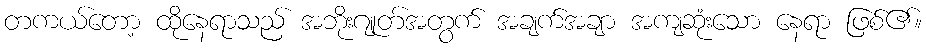
တကယ်တော့ ထိုနေရာသည် အဘိုးဂျုတ်အတွက် အချက်အချာ အကျဆုံးသော နေရာ ဖြစ်၏။